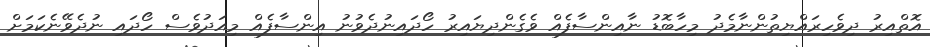
އޮތްއިރު ދިވެހިރައްޔިތުންނާމެދު މިހާބޮޑު ނާއިންސާފެއް ވެގެންދިޔައިރު ހޯދައިނުދެވުނު އިންސާފެއް މިއަދުވެސް ހޯދައި ނުދެވޭނެކަމަށް